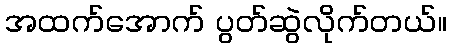
အထက်အောက် ပွတ်ဆွဲလိုက်တယ်။